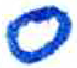
אות: ס